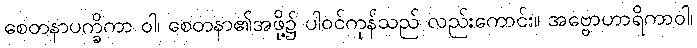
စေတနာပက္ခိကာ ဝါ၊ စေတနာ၏အဖို့၌ ပါဝင်ကုန်သည် လည်းကောင်း။ အဗ္ဗောဟာရိကာဝါ၊